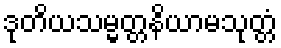
ဒုတိယသမ္မတ္တနိယာမသုတ္တံ